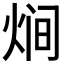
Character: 𭴳